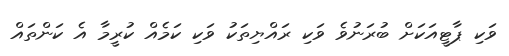
ވަކި ޕާޓީއަކަށް ބުރަނުވެ ވަކި ރައްޔިތަކު ވަކި ކަމެއް ކުރީމާ އެ ކަންތައް